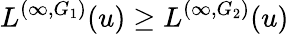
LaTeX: L^{(\infty,G_{1})}(u)\ge L^{(\infty,G_{2})}(u)